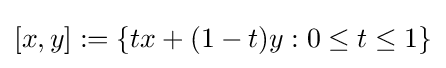
[x,y]:=\{tx+(1-t)y:0\leq t\leq 1\}